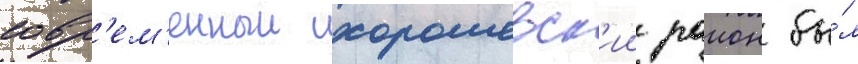
совр'ем'енныи хорошевск'ии раион бы́л